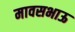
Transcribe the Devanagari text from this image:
मावसभाऊ